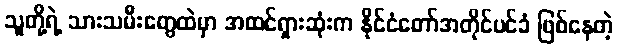
သူတို့ရဲ့ သားသမီးတွေထဲမှာ အထင်ရှားဆုံးက နိုင်ငံတော်အတိုင်ပင်ခံ ဖြစ်နေတဲ့